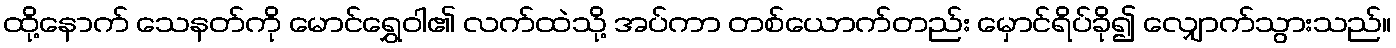
ထို့နောက် သေနတ်ကို မောင်ရွှေဝါ၏ လက်ထဲသို့ အပ်ကာ တစ်ယောက်တည်း မှောင်ရိပ်ခို၍ လျှောက်သွားသည်။